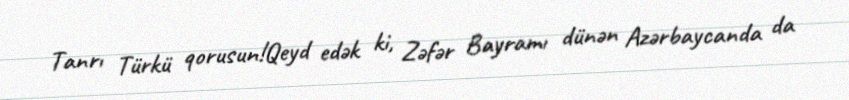
Tanrı Türkü qorusun!Qeyd edək ki, Zəfər Bayramı dünən Azərbaycanda da